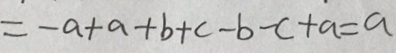
= - a + a + b + c - b - c + a = a